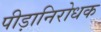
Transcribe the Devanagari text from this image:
पीड़ानिरोधक